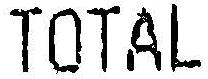
TOTAL